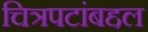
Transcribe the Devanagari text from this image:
चित्रपटांबद्दल